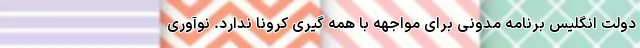
دولت انگلیس برنامه مدونی برای مواجهه با همه گیری کرونا ندارد. نوآوری